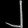
Digit: ၂